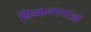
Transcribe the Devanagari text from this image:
विमानासारखी